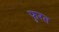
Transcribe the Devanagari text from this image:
फुरत